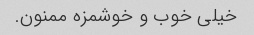
خیلی خوب و خوشمزه ممنون.